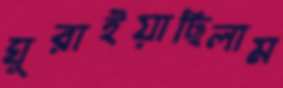
ঘুরাইয়াছিলাম